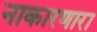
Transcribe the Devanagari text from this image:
नाकारणारा